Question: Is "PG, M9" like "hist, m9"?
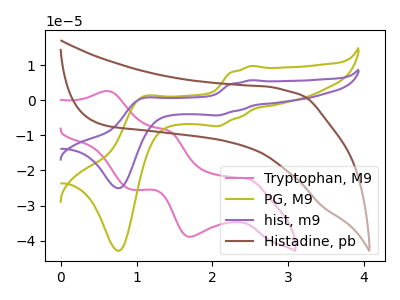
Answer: <think>The pink curve "Tryptophan, M9" has anodic peaks at (0.65V, 2.60uA) (1.40V, -8.65uA) and cathodic peaks at (2.45V, -22.30uA) (1.70V, -38.90uA) (0.95V, -25.45uA). The olive curve "PG, M9" has anodic peaks at (2.50V, 9.75uA) (1.05V, 0.85uA) and cathodic peaks at (2.10V, -7.35uA) (0.75V, -42.85uA). The purple curve "hist, m9" has anodic peaks at (2.50V, 5.70uA) (1.05V, 0.50uA) and cathodic peaks at (2.10V, -4.30uA) (0.75V, -25.05uA). The brown curve "Histadine, pb" has no peaks.
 All the peaks in "PG, M9" have a peak in "hist, m9" at the same potential. Every peak in "PG, M9" is higher than every peak in "hist, m9".</think>
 <answer>"PG, M9" and "hist, m9" are similar in shape.</answer>
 <eval>same_shape</eval>